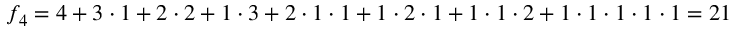
f _ { 4 } = 4 + 3 \cdot 1 + 2 \cdot 2 + 1 \cdot 3 + 2 \cdot 1 \cdot 1 + 1 \cdot 2 \cdot 1 + 1 \cdot 1 \cdot 2 + 1 \cdot 1 \cdot 1 \cdot 1 \cdot 1 = 2 1